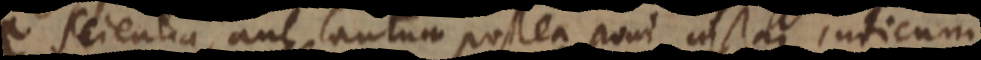
scientia, aut tantum postea poni instar indicum,